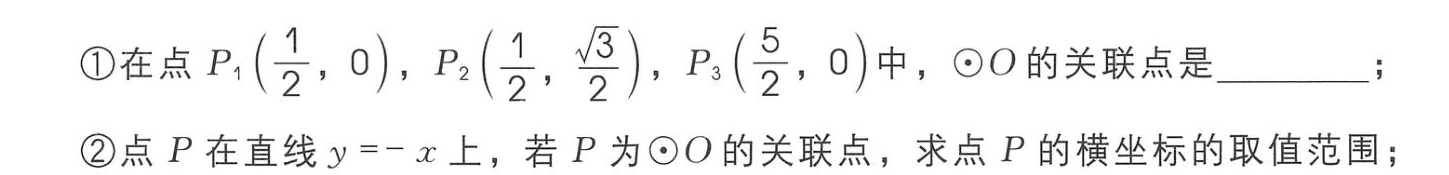
\textcircled{1}在点 \(P_1\left(\frac{1}{2},0\right)\)，\(P_2\left(\frac{1}{2},\frac{\sqrt{3}}{2}\right)\)，\(P_3\left(\frac{5}{2},0\right)\)中，\(\odot O\)的关联点是  ；

\textcircled{2}点 \(P\)在直线 \(y = -x\)上，若 \(P\)为\(\odot O\)的关联点，求点 \(P\)的横坐标的取值范围；